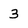
Character: 3